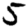
Digit: 5